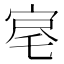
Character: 𡨉